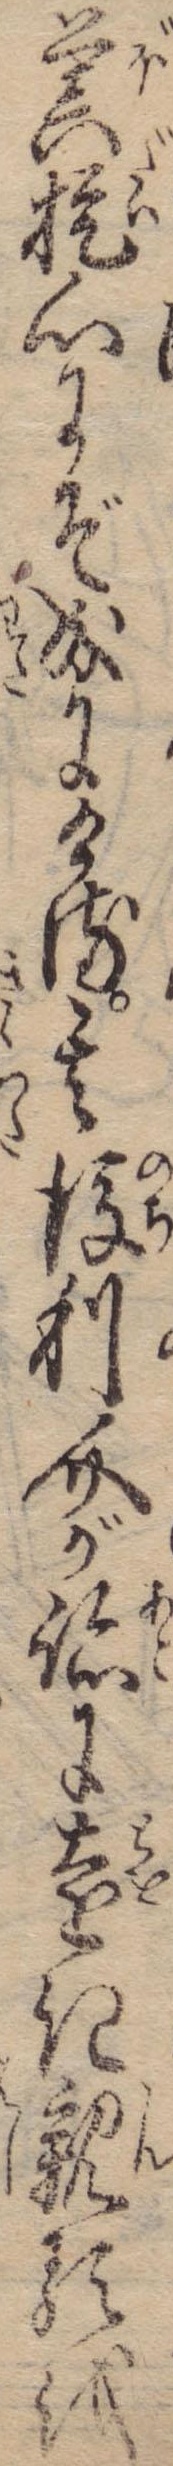
菩提心にぞ成にける其後利介が跡に遠き親類を